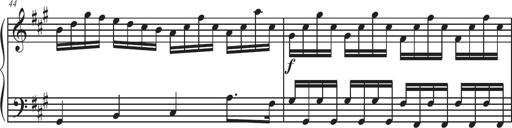
Title: Sonatina Espania
Composer: Jerald Franklin Archer
Key: Various